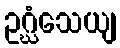
ဥဂ္ဃံသေယျ